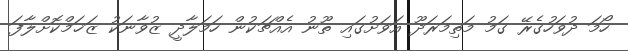
ހޯމަ ދުވަހުގެރޭ ގަމު މަތިމަރަދޫ އަވަށުގައި ތޫނު އެއްޗަކުން ހަމަލާދީ ޒުވާނަކު ޒަޚަމްކޮށްލާފަ